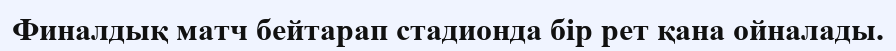
Финалдық матч бейтарап стадионда бір рет қана ойналады.